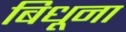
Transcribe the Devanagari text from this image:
बिधूना